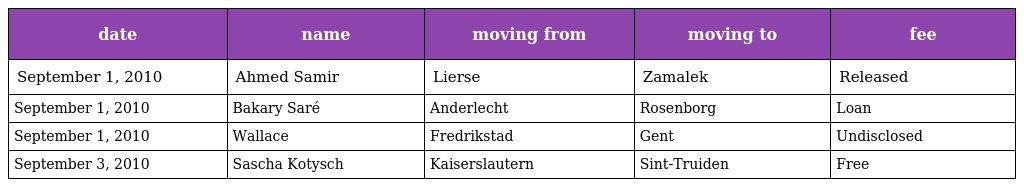
| date | name | moving from | moving to | fee |
 | --- | --- | --- | --- | --- |
 | September 1, 2010 | Ahmed Samir | Lierse | Zamalek | Released |
 | September 1, 2010 | Bakary Saré | Anderlecht | Rosenborg | Loan |
 | September 1, 2010 | Wallace | Fredrikstad | Gent | Undisclosed |
 | September 3, 2010 | Sascha Kotysch | Kaiserslautern | Sint-Truiden | Free |